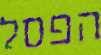
הפסל